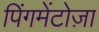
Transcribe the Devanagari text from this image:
पिंगमेंटोज़ा